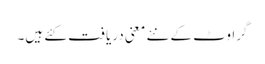
گراوٹ کے نئے معنی دریافت کئے ہیں۔